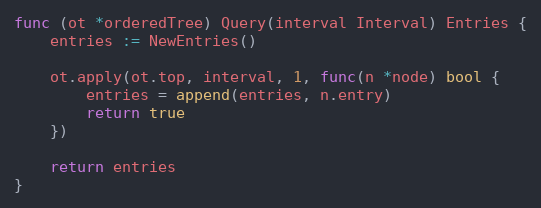
Language: Go
func (ot *orderedTree) Query(interval Interval) Entries {
	entries := NewEntries()

	ot.apply(ot.top, interval, 1, func(n *node) bool {
		entries = append(entries, n.entry)
		return true
	})

	return entries
}